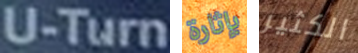
U-Turn بإثارة الكثير